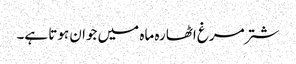
شتر مرغ اٹھارہ ماہ میں جوان ہوتا ہے۔